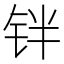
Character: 𰽰